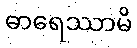
ဓာရေဿာမိ